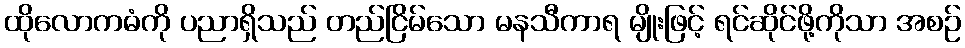
ထိုလောကဓံကို ပညာရှိသည် တည်ငြိမ်သော မနသီကာရ မျိုးဖြင့် ရင်ဆိုင်ဖို့ကိုသာ အစဉ်